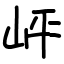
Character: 岼